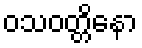
ဝသဝတ္တိနော